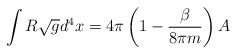
\begin{align*}\int R\sqrt{g}d^4x=4\pi\left(1-{\beta \over 8\pi m}\right) A\end{align*}